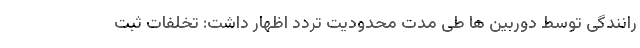
رانندگی توسط دوربین ها طی مدت محدودیت تردد اظهار داشت: تخلفات ثبت